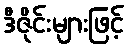
ဒီဇိုင်းများဖြင့်